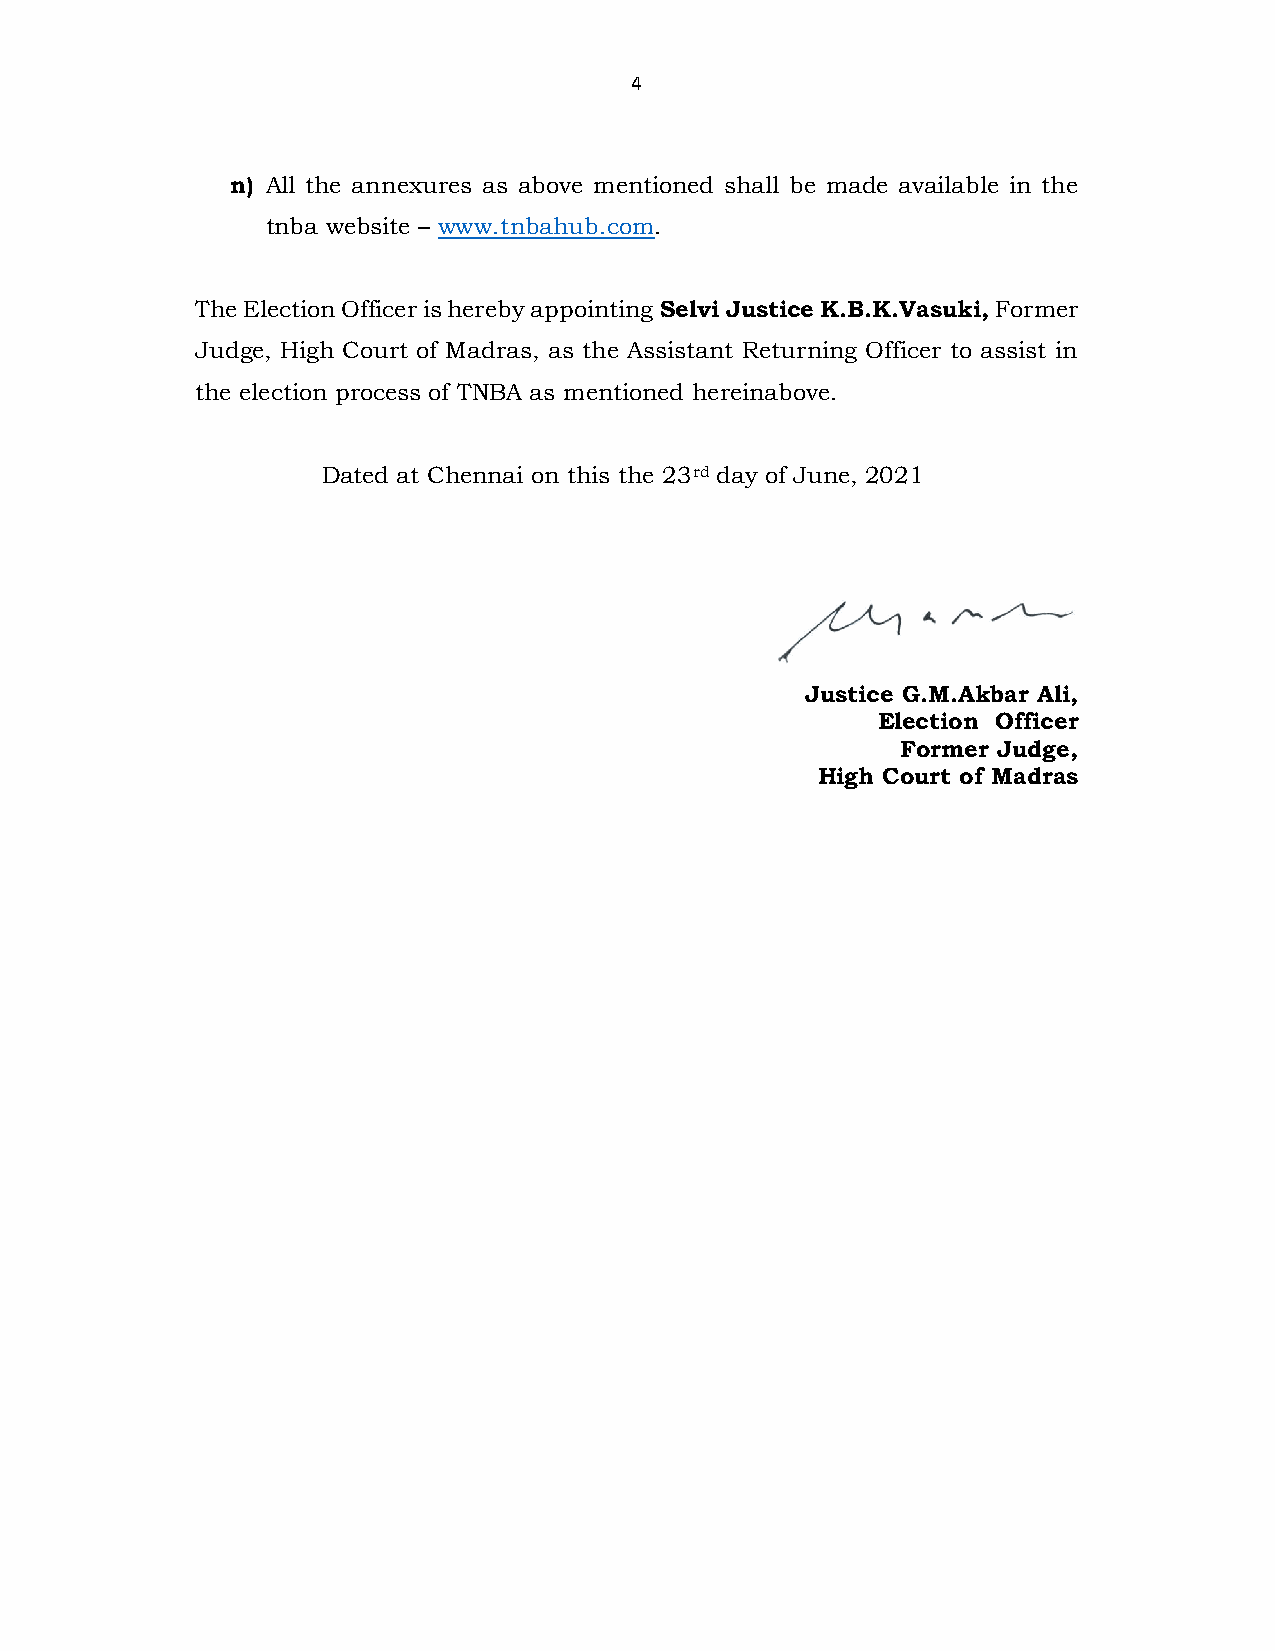
4
 n) All the annexures as above mentioned shall be made available in the
 tnba website – www.tnbahub.com.
 The Election Officer is hereby appointing Selvi Justice K.B.K.Vasuki, Former
 Judge, High Court of Madras, as the Assistant Returning Officer to assist in
 the election process of TNBA as mentioned hereinabove.
 Dated at Chennai on this the 23rd day of June, 2021
 Justice G.M.Akbar Ali,
 Election Officer
 Former Judge,
 High Court of Madras